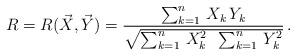
LaTeX: \begin{align*} R=R(\vec{X},\vec{Y})=\frac{\sum\nolimits_{k=1}^n\,X_k\,Y_k}{\sqrt{\sum\nolimits_{k=1}^n\,X_k^2 \,\,\, \sum\nolimits_{k=1}^n\,Y_k^2}}\,. \end{align*}